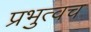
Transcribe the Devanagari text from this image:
प्रभुत्वच